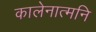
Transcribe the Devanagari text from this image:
कालेनात्मनि